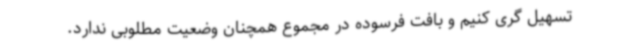
تسهیل گری کنیم و بافت فرسوده در مجموع همچنان وضعیت مطلوبی ندارد.